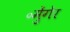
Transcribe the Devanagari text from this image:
॰मुेंगेर